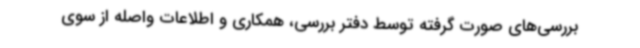
بررسی‌های صورت گرفته توسط دفتر بررسی، همکاری و اطلاعات واصله از سوی